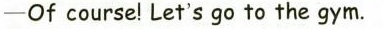
—Of course! Let＇s go to the gym.